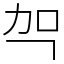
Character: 㔖